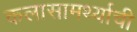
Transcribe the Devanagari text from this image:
कलासामर्थ्याची